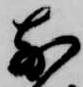
前